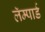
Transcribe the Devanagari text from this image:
लॅम्पार्ड